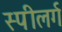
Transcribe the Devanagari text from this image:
स्पीलर्ग